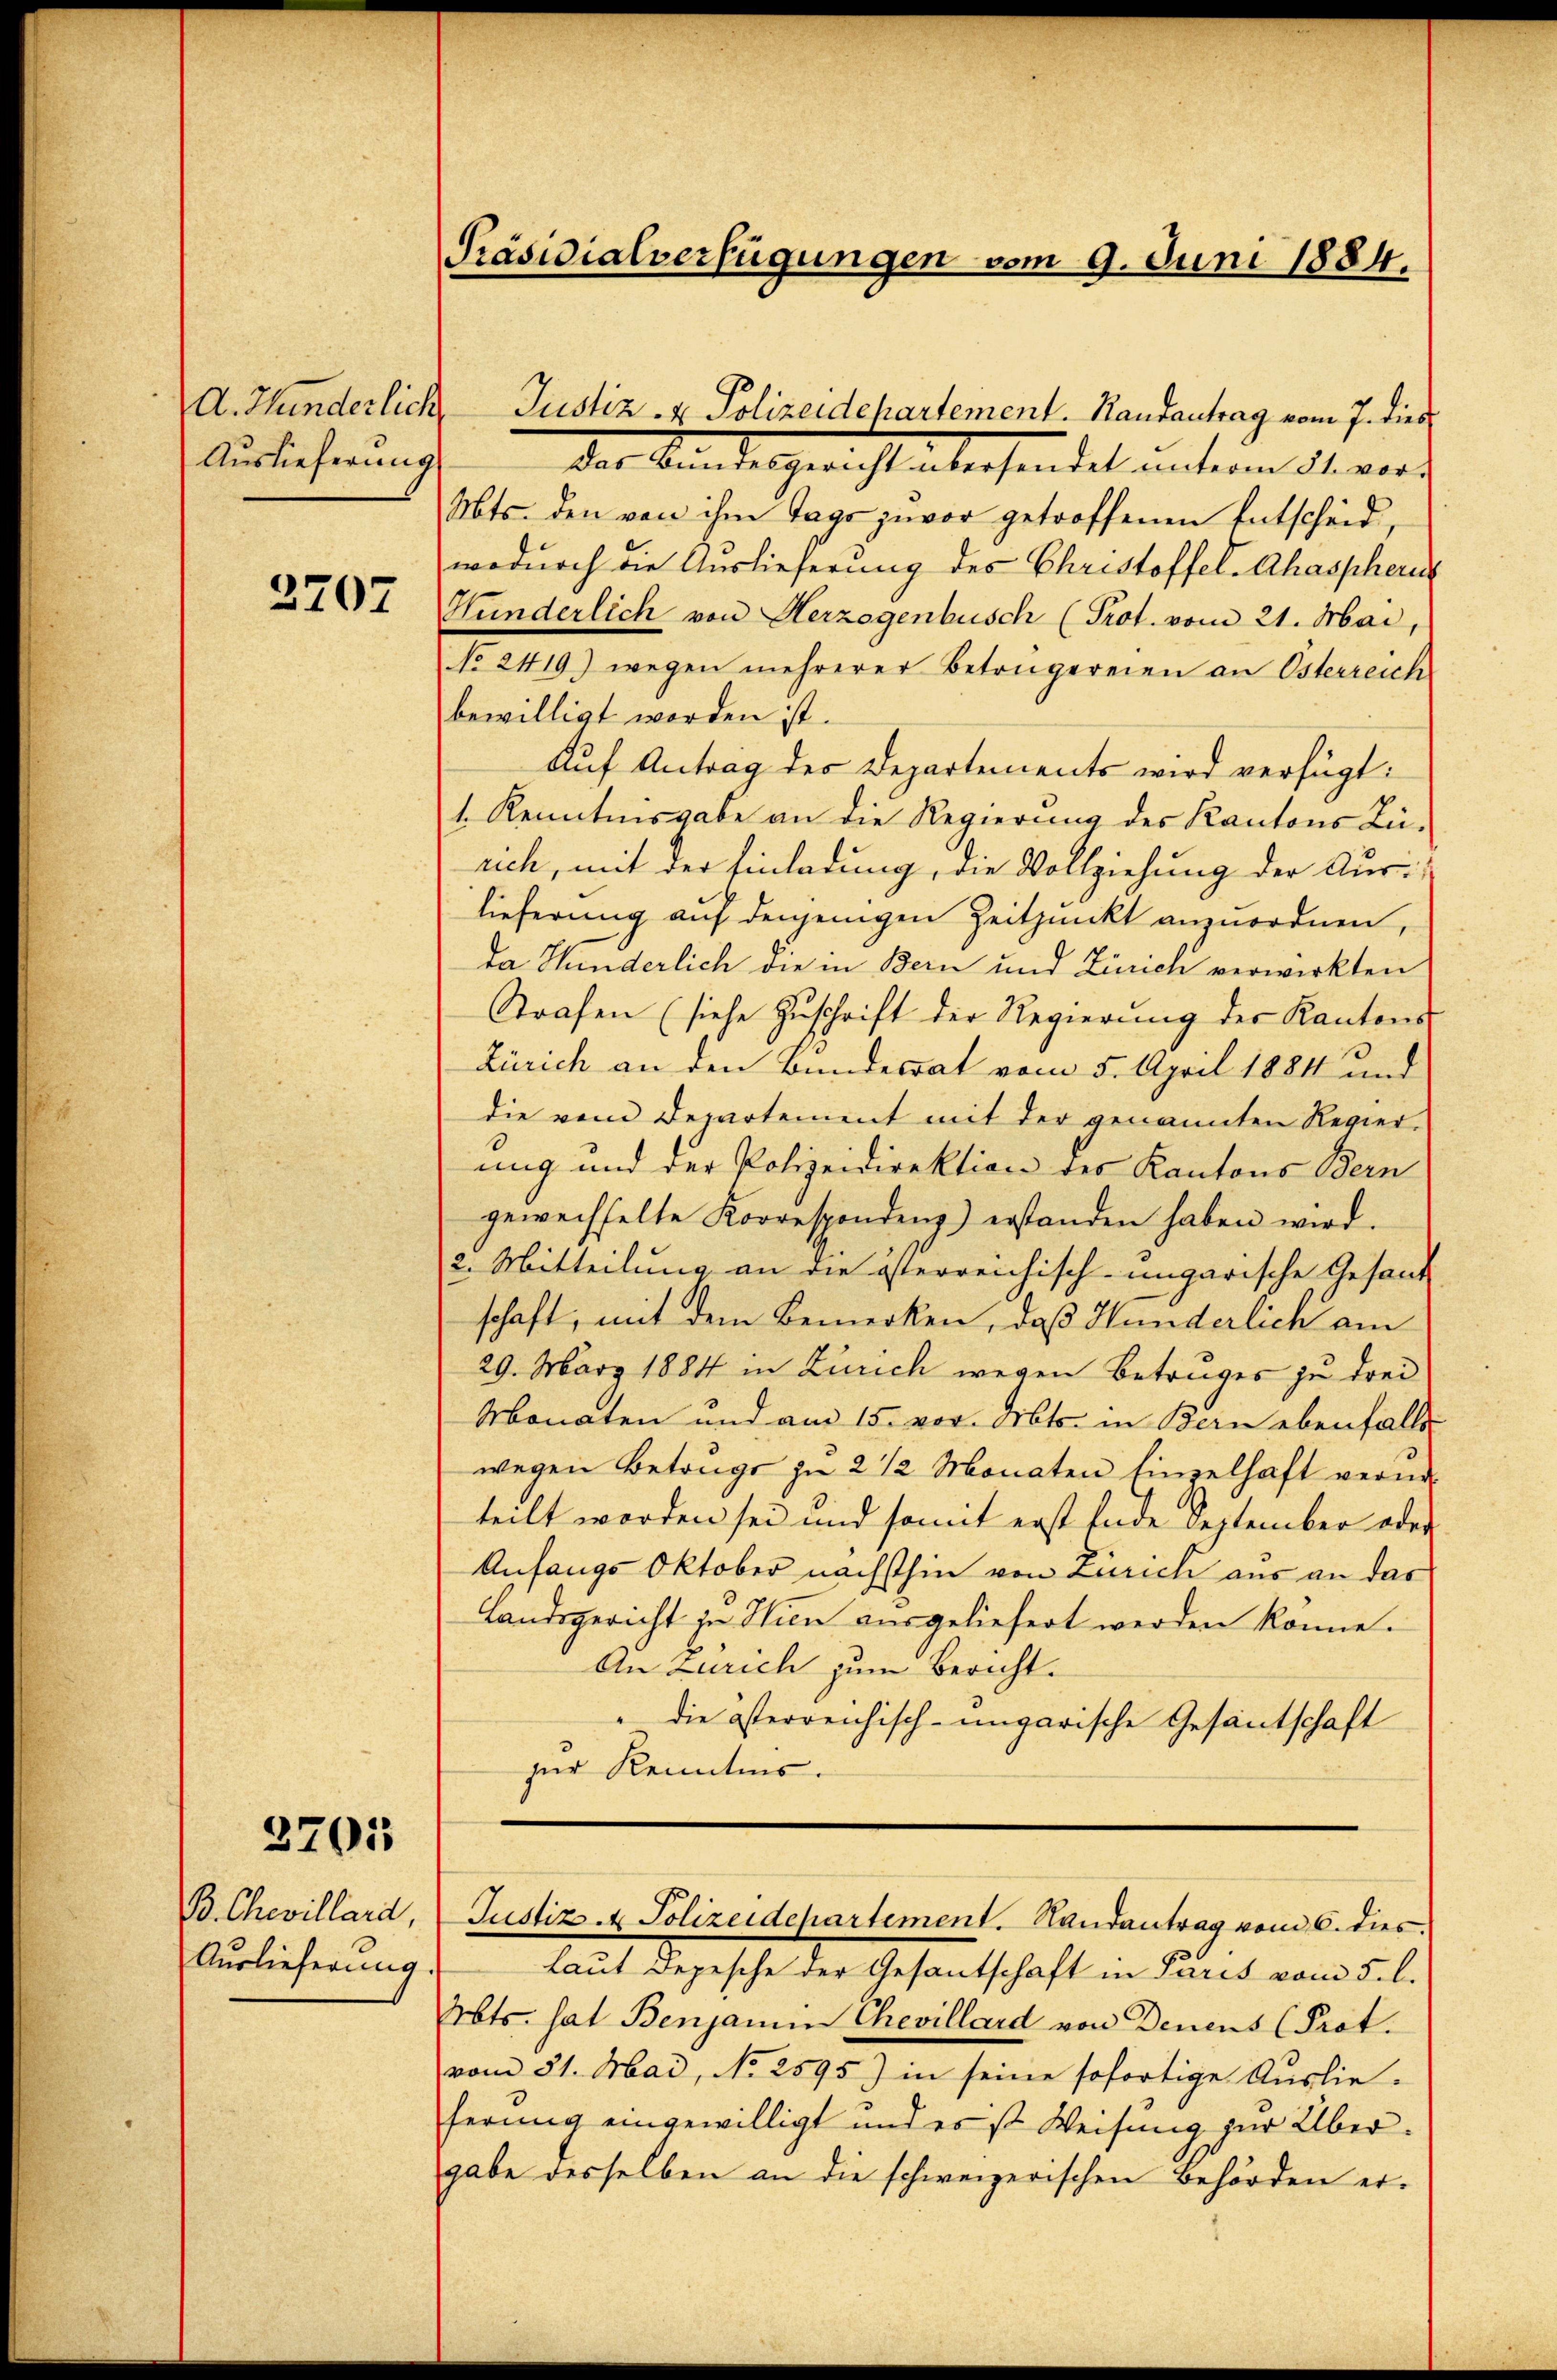
Auslieferung

2707

2701

B. Chevillard,
Auslieferung.

Präsidialverfügungen vom 9. Juni 1884.

der Kindesgericht überhandet unterm 31. vers
Mts. den von ihm Tags zuvor getroffenen Entscheid,
wodurch die Auslieferung des Christoffel-Ahaspheus
Hunderlich von Herzogenbusch (Prot. vom 21. Mai,
No 2419) wegen mehrerer Betrügereien an Osterreich
bewilligt worden ist.
Auf Antrag des Departements wird verfügt:
1. Kenntnisgabe an die Regierung des Kantons Zürich, mit der Einladung, die Vollziehung der Aus-
lieferung auf denjenigen Zeitpunkt anzuordnen,
da Hunderlich die in Bern und Zürich verwirkten
Strafen (siehe Zuschrift der Regierung der Kantons
Zürich an den Bundesrat vom 5. April 1884 und
die vom Departement mit der genannten Regier-
ung und der Polizeidirektion des Kantons Bern
gewechselte Korrespondenz) erstanden haben wird.
2. Mitteilung an die österreichisch-ungarische Gesand
schaft, mit dem Bemerken, daß Hunderlich am
29. März 1884 in Zürich wegen Betruges zu drei
Monaten und am 15. vor. Mts. in Bern ebenfalls
wegen Betrugs zu 2 1/2 Monaten Einzelhaft verur-
teilt worden sei und somit erst Ende September oder
Anfangs Oktober nächsthin von Zürich aus an das
Landsgericht in Hien ausgeliefert werden könne.
An Zürich zum Bericht.
" die österreichisch-ungarische Gesantschaft
zur Kenntnis.
Justiz & Polizeidepartement. Randantrag vom 6. dies
Laut Depesche der Gesantschaft in Paris vom 5. l.
Mts. hat Benjamin Chevillard von Denens (Prot.
vom 31. Mai, No 2595) in seine sofortige Auslie-
ferung eingewilligt und es ist Weisung zur Übergabe desselben an die schweizerischen Behörden er¬

A. Hunderlich, Justiz- & Polizeidehartement. Randantrag vom 7. dies